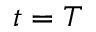
t = T